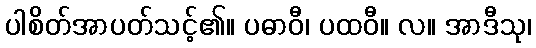
ပါစိတ်အာပတ်သင့်၏။ ပဓာဝီ၊ ပထဝီ။ လ။ အာဒီသု၊